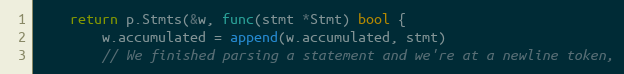
Language: Go
	return p.Stmts(&w, func(stmt *Stmt) bool {
		w.accumulated = append(w.accumulated, stmt)
		// We finished parsing a statement and we're at a newline token,